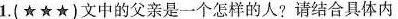
1.(★★★)文中的父亲是一个怎样的人?请结合具体内